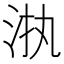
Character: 𱦊